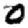
Digit: 0